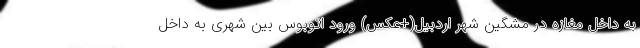
به داخل مغازه در مشگین شهر اردبیل(+عکس) ورود اتوبوس بین شهری به داخل